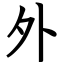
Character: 外